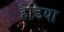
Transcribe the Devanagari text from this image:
हैडिया